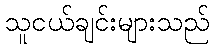
သူငယ်ချင်းများသည်